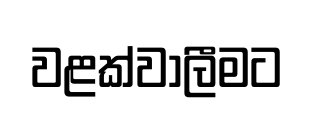
වළක්වාලීමට